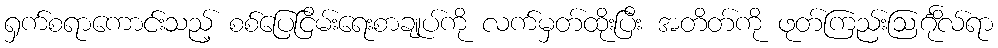
ရှက်စရာကောင်းသည့် စစ်ပြေငြိမ်းရေးစာချုပ်ကို လက်မှတ်ထိုးပြီး အတိတ်ကို ဖုတ်ကြည်းဩင်္ဂိုလ်ရာ